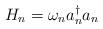
LaTeX: \begin{align*}H_n= \omega_n a^{\dagger}_n a_n\end{align*}